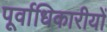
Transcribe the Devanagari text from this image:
पूर्वाधिकारीयों